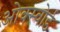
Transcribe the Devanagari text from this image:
ओक्स्वोर्ड